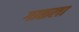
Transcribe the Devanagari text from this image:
गाळला